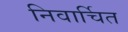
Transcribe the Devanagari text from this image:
निवार्चित